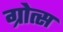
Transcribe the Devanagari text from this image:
ग्रोत्स